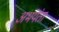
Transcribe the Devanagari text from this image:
अभयंता